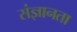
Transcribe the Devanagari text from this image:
संज्ञानता